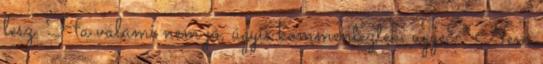
lesz. Ha valami nem jó, úgyis kommenteztek. ugye? Nem